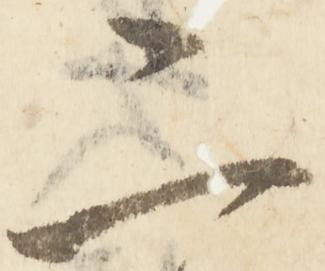
二